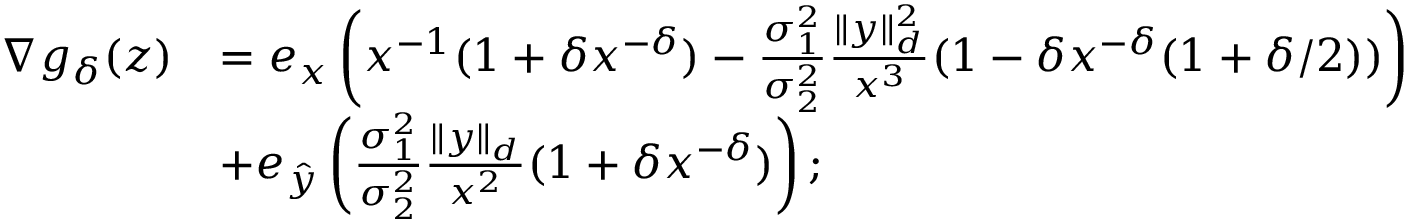
\begin{array} { r l } { \nabla g _ { \delta } ( z ) } & { = e _ { x } \left( x ^ { - 1 } ( 1 + \delta x ^ { - \delta } ) - \frac { \sigma _ { 1 } ^ { 2 } } { \sigma _ { 2 } ^ { 2 } } \frac { \| y \| _ { d } ^ { 2 } } { x ^ { 3 } } ( 1 - \delta x ^ { - \delta } ( 1 + \delta / 2 ) ) \right) } \\ & { + e _ { \hat { y } } \left( \frac { \sigma _ { 1 } ^ { 2 } } { \sigma _ { 2 } ^ { 2 } } \frac { \| y \| _ { d } } { x ^ { 2 } } ( 1 + \delta x ^ { - \delta } ) \right) ; } \end{array}